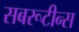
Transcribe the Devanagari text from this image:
सबरूटीन्स